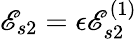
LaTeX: \mathscr{E}_{s2}=\epsilon\mathscr{E}_{s2}^{(1)}